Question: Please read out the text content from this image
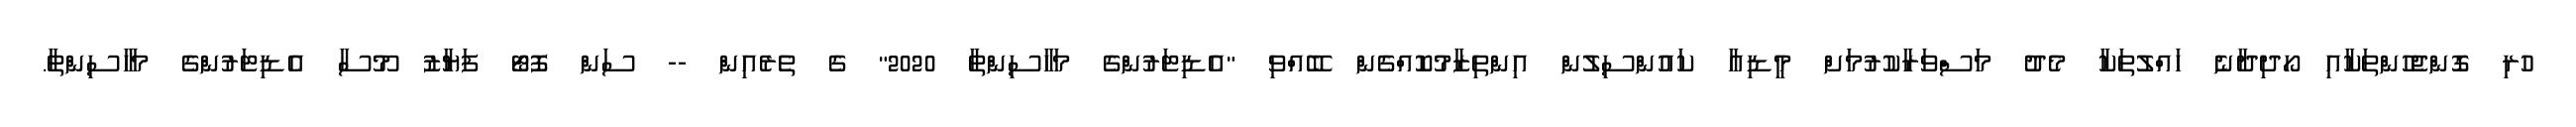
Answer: ހުރި ގޮންޖެހުންތަކާއި ހޯދިދާނެ ހައްލުތަކާ މެދު މަސްވަރާކުރުމަށް މީޑިއާ ކައުންސިލުން އިންތިޒާމުކޮއްގެން ބޭއްވި "އެޑިޓަރުންގެ މަހާސިންތާ 2020" ގެ ތެރެއިން -- ސަން ފޮޓޯ ފަޔާޒު މޫސާ އެޑިޓަރުންގެ މަހާސިންތާ.